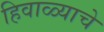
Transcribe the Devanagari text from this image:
हिवाळ्याचे